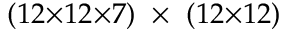
( 1 2 { \times } 1 2 { \times } 7 ) ~ \times ~ ( 1 2 { \times } 1 2 )